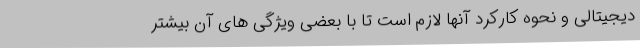
دیجیتالی و نحوه کارکرد آنها لازم است تا با بعضی ویژگی های آن بیشتر